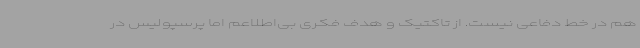
هم در خط دفاعی نیست. از تاکتیک و هدف فکری بی‌اطلاعم اما پرسپولیس در